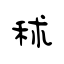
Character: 秫